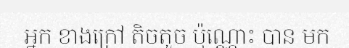
អ្នក ខាងក្រៅ តិចតួច ប៉ុណ្ណោះ បាន មក